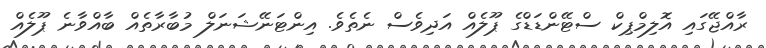
ރާއްޖޭގައި އޮލިމްޕިކް ސްޓޭންޑަޑްގެ ޕޫލެއް އަދިވެސް ނެތެވެ. އިންޓަނޭޝަނަލް މުބާރާތެއް ބާއްވާނެ ޕޫލެއް